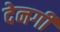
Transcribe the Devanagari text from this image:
देनगी